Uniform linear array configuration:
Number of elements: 4
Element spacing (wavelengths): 0.75
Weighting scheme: hann
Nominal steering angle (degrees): -60
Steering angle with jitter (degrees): -59.608
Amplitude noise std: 0.05
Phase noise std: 0.05

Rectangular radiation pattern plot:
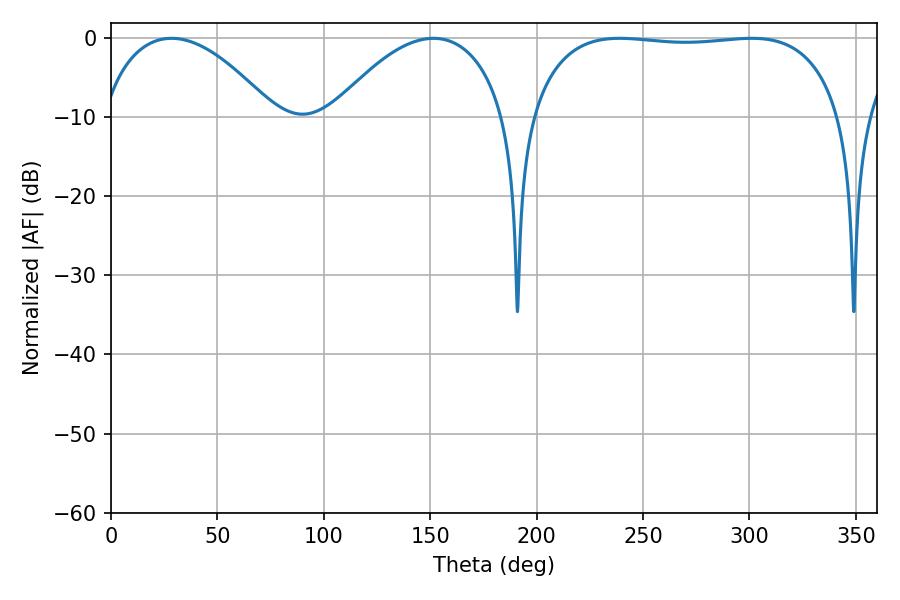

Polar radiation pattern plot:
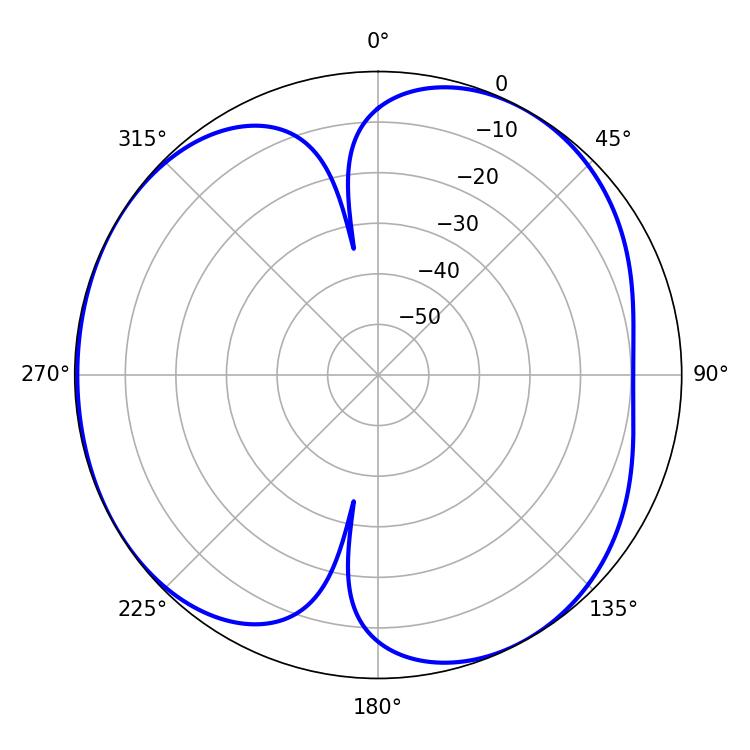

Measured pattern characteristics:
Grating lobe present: TRUE
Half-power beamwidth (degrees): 45.72
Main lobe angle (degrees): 28.44